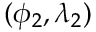
( \phi _ { 2 } , \lambda _ { 2 } )